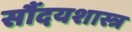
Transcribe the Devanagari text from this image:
सौंदयशास्त्र